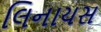
લિનાયસ